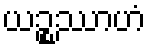
ယဉ္စဿာဟံ